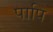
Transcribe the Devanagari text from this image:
पापि